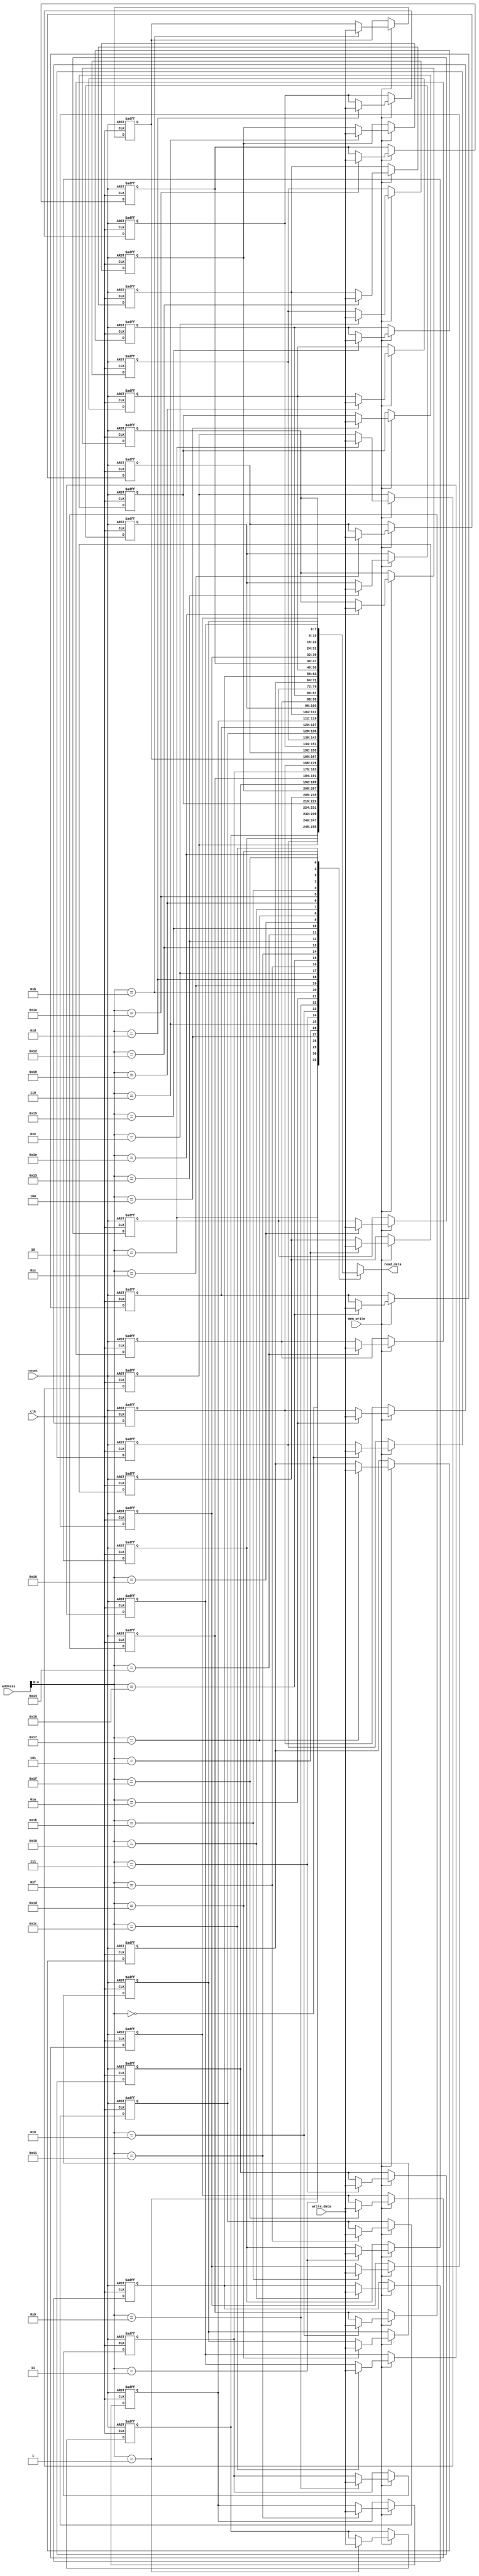
`timescale 1ns / 1ps

module data_memory(
    input clk,
    input reset,
    input [7:0] address,
    input [7:0] write_data,
    input mem_write,
    output [7:0] read_data
    );
	reg[7:0] mems[31:0];
	
	assign read_data = mems[address[4:0]];
	
	integer i;
	initial begin
		for (i=0; i< 16; i = i+1) begin
			mems[i] <= i;
		end
		for (i=0; i< 16; i = i+1) begin
			mems[i+16] <= -i;
		end
	end
	
	always @ (posedge reset or posedge clk) begin
		if(reset) begin
			for (i=0; i< 16; i = i+1) begin
				mems[i] <= i;
			end
			for (i=0; i< 16; i = i+1) begin
				mems[i+16] <= -i;
			end
		end else begin
			if (mem_write)begin
				mems[address[4:0]] <= write_data;
			end
		end
	end

endmodule